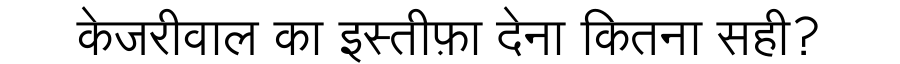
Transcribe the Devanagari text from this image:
केजरीवाल का इस्तीफ़ा देना कितना सही?